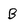
Character: B